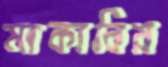
ম্যকাবির